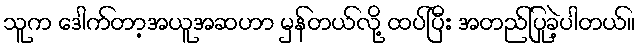
သူက ဒေါက်တာ့အယူအဆဟာ မှန်တယ်လို့ ထပ်ပြီး အတည်ပြုခဲ့ပါတယ်။